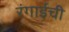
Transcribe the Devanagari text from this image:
रंगाईची